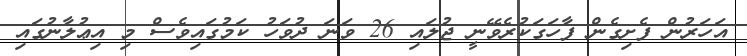
އަހަރުން ފެށިގެން ފާހަގަކުރެވޭނީ ޖުލައި 26 ވަނަ ދުވަހު ކަމުގައިވެސް މި އިޢުލާނުގައި